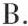
B.